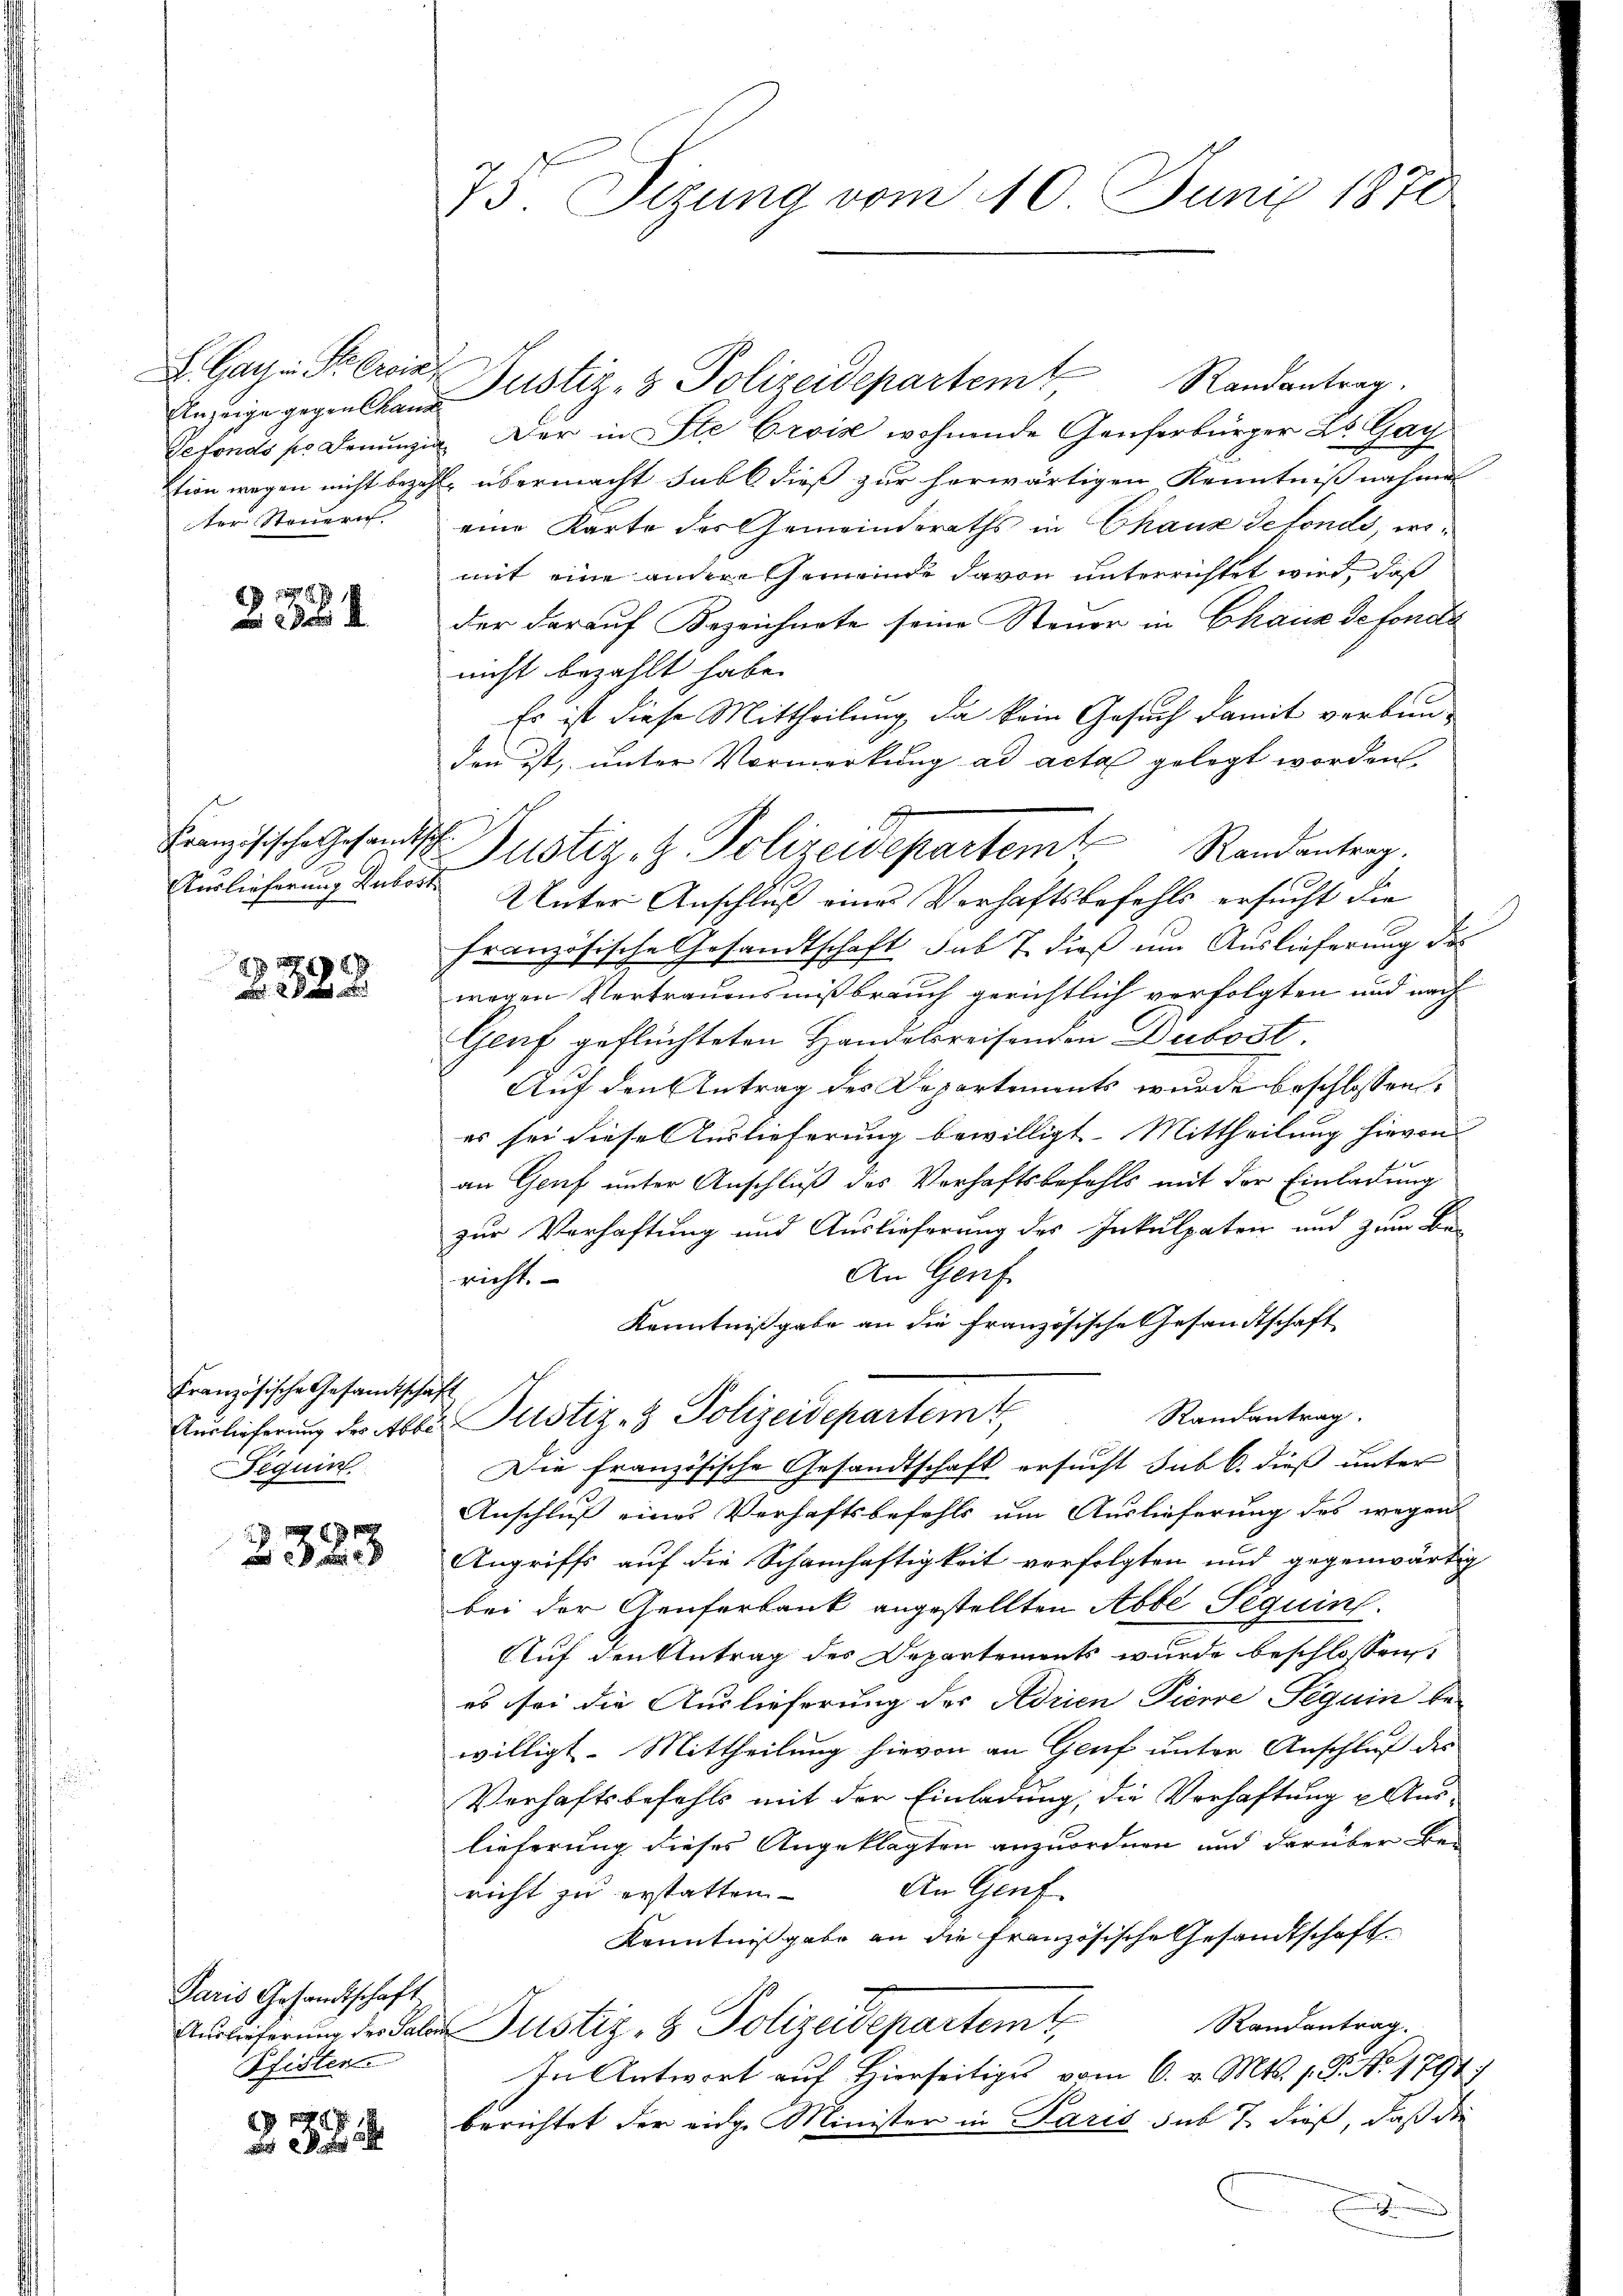
L. Gachen Sr. Erin
Anzeige gegen Chaus
Defonds so Denung.
ktion wegen nicht bezug
ter Steuern

234

Französische Gesandts
Vorlieferung Rubost

2
x

Französische Gesandtscha¬
Fiquin

2323

Paris Gesandtschaft
Auslieferung des Salon
Pfister

2

75 Sizung vom 10. Juni 1870

Justiz- & Polizeidepartem Randantrag.
Der in Ste Crois wohnende Genferbürger Dr. Gay
E. übermacht subt dieß zur herwärtigen Kenntnißnahme
eine Karte des Gemeinderaths in Chaux defonds, womit eine andere Gemeinde davon unterrichtet wird, daß
der darauf Bezeichnete seine Steuer in Chaus defonds
nicht bezahlt habe.
Es ist diese Mittheilung, da kein Gesuch damit verbun-
den ist, unter Vormerkung ad acta gelegt worden.
Unter Anschluß eines Verhaftsbefehls ersucht die
französische Gesandtschaft sub 7. dieß um Auslieferung des
wegen Vertrauensmißbrauch gerichtlich verfolgten und nach
Genf geflüchteten Handelsreisenden Dubost.
Auf den Antrag des Departements wurde beschlossen:
es sei diese Auslieferung bewilligt. Mittheilung hievon
an Genf unter Anschluß des Verhaftsbefehls mit der Einladung
zur Verhaftung und Auslieferung des Inkulpaten und zum Be-
An Genf
richt.
Kenntnißgabe an die Französische Gesandtschaft
E
Randantrag.
Auslieferung der Abbi Justiz- & Polizeidepartem
Die französische Gesandtschaft ersucht sub 6. dieß unter
Anschluß eines Verhaftsbefehls um Auslieferung des wegen
Angriffs auf die Schamhaftigkeit verfolgten und gegenwärtig
bei der Genferbank angestellten Abbe Sequint.
Auf den Antrag des Departements wurde beschlossen
es sei die Auslieferung des Adrien Pierre Seguin bewilligt. Mittheilung hievon an Genf unter Anschluß des
Verhaftsbefehls mit der Einladung, die Verhaftung u Auslieferung dieses Angeklagten anzuordnen und darüber bei
An Genf.
richt zu erstatten
Kenntnißgabe an die Französische Gesandtschaft
Randantrag.
Justiz- & Polizeidepartemt
In Antwort auf Hierseitiges vom 6. v. Mts. 1. P. Nr. 1794.
berichtet der eidge Minister in Paris sub 7 dieß, daß die
E

4. Justiz- & Polizeidepartem Randentrag